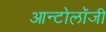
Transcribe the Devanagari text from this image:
आन्टोलॉजी